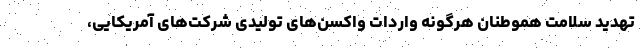
تهدید سلامت هموطنان هرگونه واردات واکسن‌های تولیدی شرکت‌های آمریکایی،